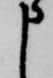
申